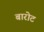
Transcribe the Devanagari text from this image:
बारोट